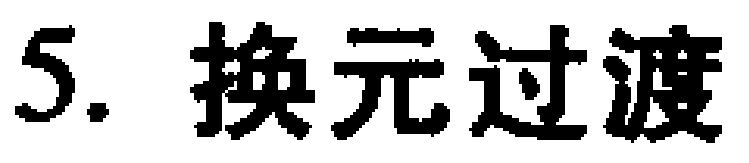
5. 换元过渡